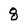
Character: 8